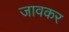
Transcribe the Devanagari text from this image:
जावकर